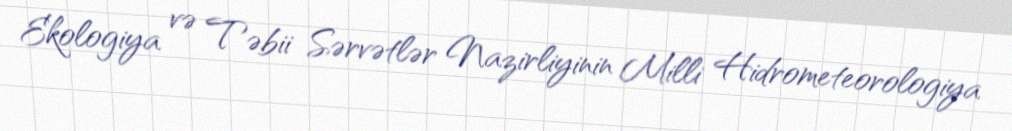
Ekologiya və Təbii Sərvətlər Nazirliyinin Milli Hidrometeorologiya